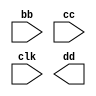
/**
    15,23
*/

module dut (input wire [0:7] bb,
    input wire [0:7] cc,
    input clk, 
    output reg [0:7] dd ); 
    integer i,j;
    // reg [4:0] i,j;
    // reg [0:7] aa [0:15];
    reg [7:0] aa [15:0];

    // always @(posedge clk) begin
    //     for (i=0; i<16; i++)         
    //         for (j=0; j <7; j ++)            
    //             aa[i][j] = cc;
    //     dd = cc & bb;
    // end      
        
 
    always @(posedge clk) begin
        for (i=0; i<16; i++)         
            for (j=0; j<8; j ++)           
                aa[i][j] = bb; 
    end   
        
endmodule